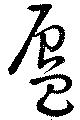
蜃